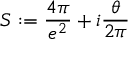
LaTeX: S : = \frac { 4 \pi } { e ^ { 2 } } + i \frac { \theta } { 2 \pi }